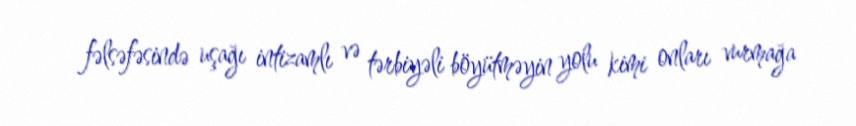
fəlsəfəsində uşağı intizamlı və tərbiyəli böyütməyin yolu kimi onları vurmağa